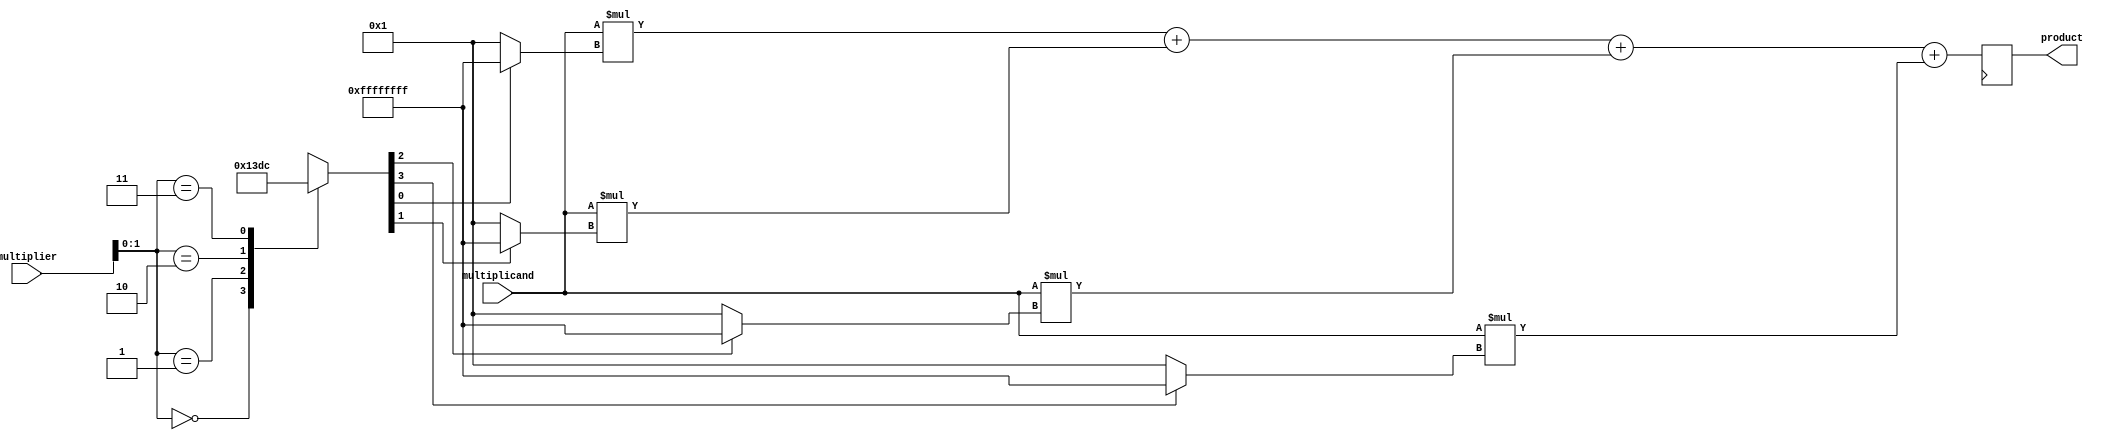
module Radix4_Multiplier (
    input wire [7:0] multiplicand,
    input wire [7:0] multiplier,
    output reg [15:0] product
);

reg [7:0] multiplicand_reg;
reg [7:0] multiplier_reg;
reg [3:0] multiplier_booth;
reg [15:0] partial_products [3:0];
reg [15:0] final_result;

assign multiplicand_reg = multiplicand;
assign multiplier_reg = multiplier;

always @(*) begin
    case (multiplier_reg[1:0])
        2'b00: multiplier_booth = 4'b0001;
        2'b01: multiplier_booth = 4'b0011;
        2'b10: multiplier_booth = 4'b1101;
        2'b11: multiplier_booth = 4'b1100;
    endcase
end

// Partial product generation
genvar i, j;
generate
    for (i=0; i<4; i=i+1) begin
        assign partial_products[i] = multiplicand_reg * (multiplier_booth[i] ? -1 : 1);
    end
endgenerate

// Wallace tree reduction
assign final_result = partial_products[0] + partial_products[1] + partial_products[2] + partial_products[3];

always @(posedge clk) begin
    product <= final_result;
end

endmodule